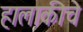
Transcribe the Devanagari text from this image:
हालाकीचे